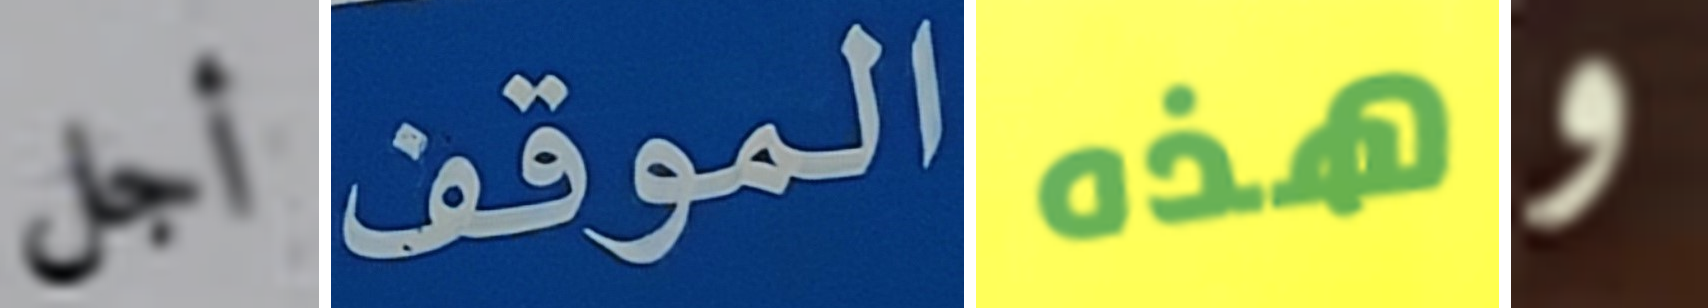
أجل الموقف هذه و